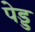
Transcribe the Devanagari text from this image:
पेड्ड